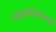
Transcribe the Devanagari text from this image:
आमूलपरिवर्तनवादी